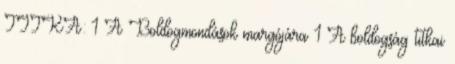
TITKA: 1 A Boldogmondások margójára 1 A boldogság titkai